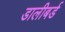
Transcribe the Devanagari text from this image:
डालीबर्ड